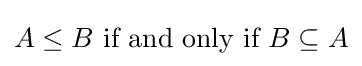
A\leq B{\text{ if and only if }}B\subseteq A